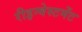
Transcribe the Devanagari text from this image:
रीइन्वेस्टमेंट